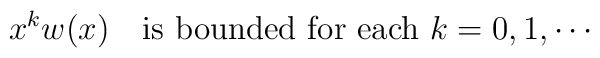
x^k w(x) \ \ \mbox{ is bounded for each}\ k=0,1,\cdots